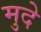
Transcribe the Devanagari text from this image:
मुदे